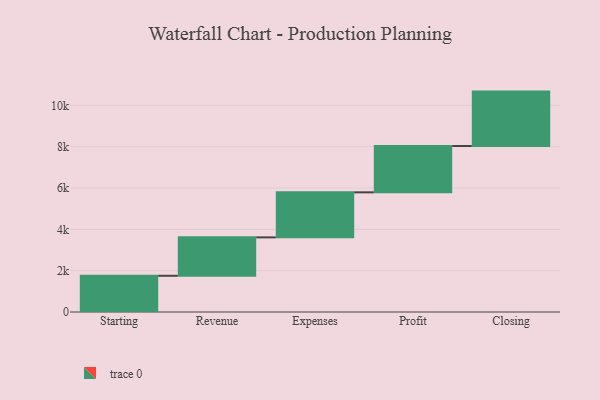
{"axis": {"x": "Step", "y": "Value"}, "legend": [""], "data": [{"x": "Starting", "y": 1753.0, "type": ""}, {"x": "Revenue", "y": 1859.0, "type": ""}, {"x": "Expenses", "y": 2180.0, "type": ""}, {"x": "Profit", "y": 2243.0, "type": ""}, {"x": "Closing", "y": 2632.0, "type": ""}]}